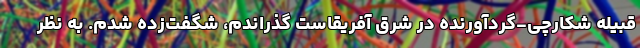
قبیله شکارچی-گردآورنده در شرق آفریقاست گذراندم، شگفت‌زده شدم. به نظر